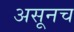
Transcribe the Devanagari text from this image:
असूनच